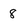
Character: 8